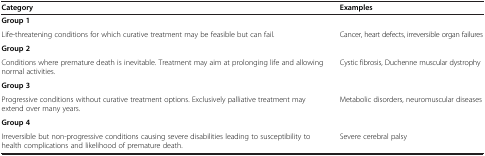
<table><thead><tr><td><b>Category</b></td><td><b>Examples</b></td></tr></thead><tbody><tr><td><b>Group 1</b></td><td> </td></tr><tr><td>Life-threatening conditions for which curative treatment may be feasible but can fail.</td><td>Cancer, heart defects, irreversible organ failures</td></tr><tr><td><b>Group 2</b></td><td> </td></tr><tr><td>Conditions where premature death is inevitable. Treatment may aim at prolonging life and allowing normal activities.</td><td>Cystic fibrosis, Duchenne muscular dystrophy</td></tr><tr><td><b>Group 3</b></td><td> </td></tr><tr><td>Progressive conditions without curative treatment options. Exclusively palliative treatment may extend over many years.</td><td>Metabolic disorders, neuromuscular diseases</td></tr><tr><td><b>Group 4</b></td><td> </td></tr><tr><td>Irreversible but non-progressive conditions causing severe disabilities leading to susceptibility to health complications and likelihood of premature death.</td><td>Severe cerebral palsy</td></tr></tbody></table>